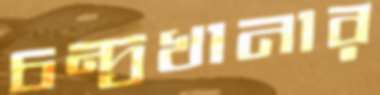
চন্দ্রখানার